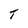
Character: T